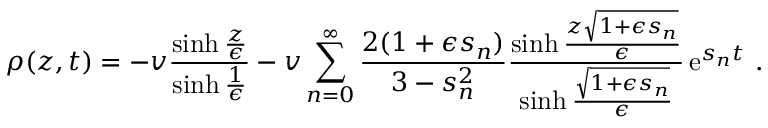
\rho ( z , t ) = - v \frac { \sinh { \frac { z } { \epsilon } } } { \sinh { \frac { 1 } { \epsilon } } } - v \sum _ { n = 0 } ^ { \infty } \frac { 2 ( 1 + \epsilon s _ { n } ) } { 3 - s _ { n } ^ { 2 } } \frac { \sinh { \frac { z \sqrt { 1 + \epsilon s _ { n } } } { \epsilon } } } { \sinh { \frac { \sqrt { 1 + \epsilon s _ { n } } } { \epsilon } } } \operatorname { e } ^ { s _ { n } t } \, .